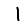
Digit: 1